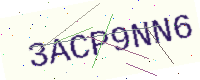
Text: 3ACP9NN6